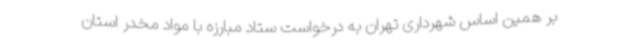
بر همین اساس شهرداری تهران به درخواست ستاد مبارزه با مواد مخدر استان